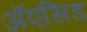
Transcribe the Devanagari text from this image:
ॲएसिड